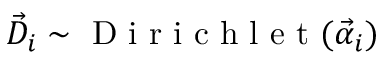
\vec { D } _ { i } \sim \mathrm { ~ D ~ i ~ r ~ i ~ c ~ h ~ l ~ e ~ t ~ } ( \vec { \alpha } _ { i } )